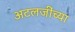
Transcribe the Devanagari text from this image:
अटलजींच्या